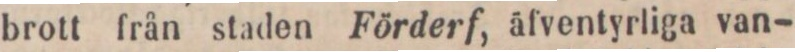
brott från staden Förderf, äfventyrliga van-